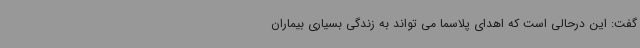
گفت: این درحالی است که اهدای پلاسما می تواند به زندگی بسیاری بیماران